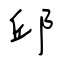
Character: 邱